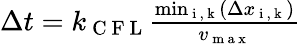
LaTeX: \begin{array}{r}{\Delta t=k_{\mathrm{~C~F~L~}}\frac{\operatorname*{min}_{\mathrm{~i~,~k~}}(\Delta x_{\mathrm{~i~,~k~}})}{v_{\mathrm{~m~a~x~}}}}\end{array}